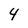
Character: 4